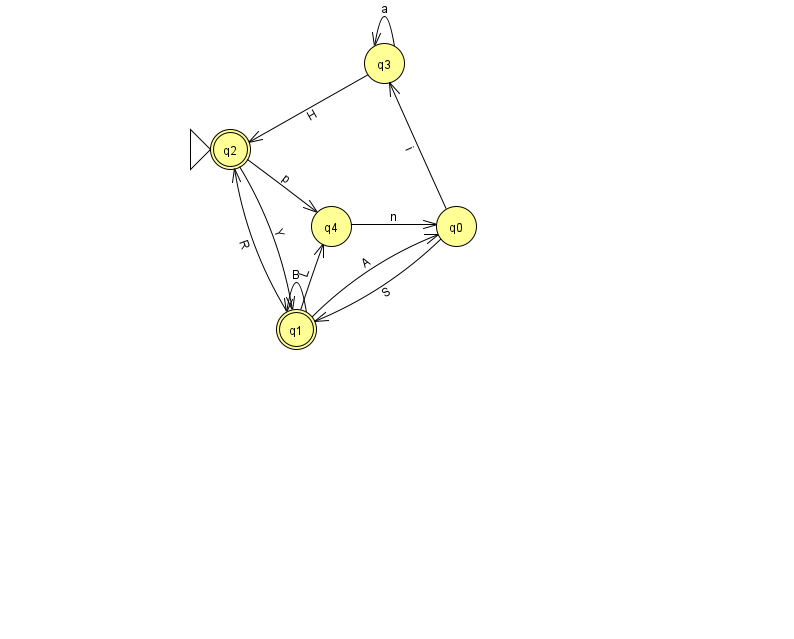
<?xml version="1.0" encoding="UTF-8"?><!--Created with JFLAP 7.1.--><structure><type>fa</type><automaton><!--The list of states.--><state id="0" name="q0"><x>456.0</x><y>213.0</y></state><state id="1" name="q1"><x>296.0</x><y>316.0</y><final/></state><state id="2" name="q2"><x>230.0</x><y>136.0</y><initial/><final/></state><state id="3" name="q3"><x>384.0</x><y>50.0</y></state><state id="4" name="q4"><x>331.0</x><y>213.0</y></state><!--The list of transitions.--><transition><from>2</from><to>1</to><read>Y</read></transition><transition><from>3</from><to>3</to><read>a</read></transition><transition><from>1</from><to>1</to><read>B</read></transition><transition><from>4</from><to>0</to><read>n</read></transition><transition><from>2</from><to>4</to><read>p</read></transition><transition><from>3</from><to>2</to><read>H</read></transition><transition><from>1</from><to>2</to><read>R</read></transition><transition><from>0</from><to>3</to><read>i</read></transition><transition><from>1</from><to>0</to><read>A</read></transition><transition><from>1</from><to>4</to><read>L</read></transition><transition><from>0</from><to>1</to><read>S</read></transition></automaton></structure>